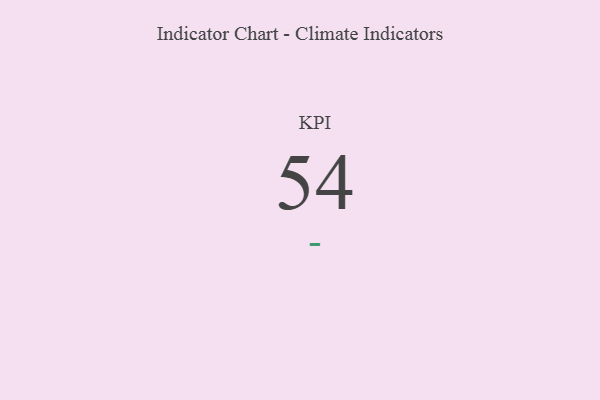
{"axis": {"x": "KPI", "y": "Value"}, "legend": [""], "data": [{"x": "KPI", "y": 54, "type": ""}]}